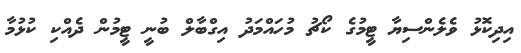
އިދިކޮޅު ވެލެންސިޔާ ޓީމުގެ ކޯޗު މުހައްމަދު އިގްބާލް ބުނީ ޓީމުން ދެއްކި ކުޅުމާ